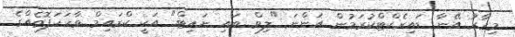
މިހާރު އޭނާ ޑައިރެކްޓްކުރަމުން އަންނަ "ލިވް ބައި ނައިޓް" އަކީ ކްރައިމް ވާހަކަފޮތެއްގެ